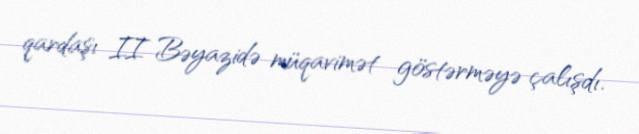
qardaşı II Bəyazidə müqavimət göstərməyə çalışdı.